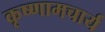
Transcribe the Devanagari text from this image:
कृष्णामचार्य